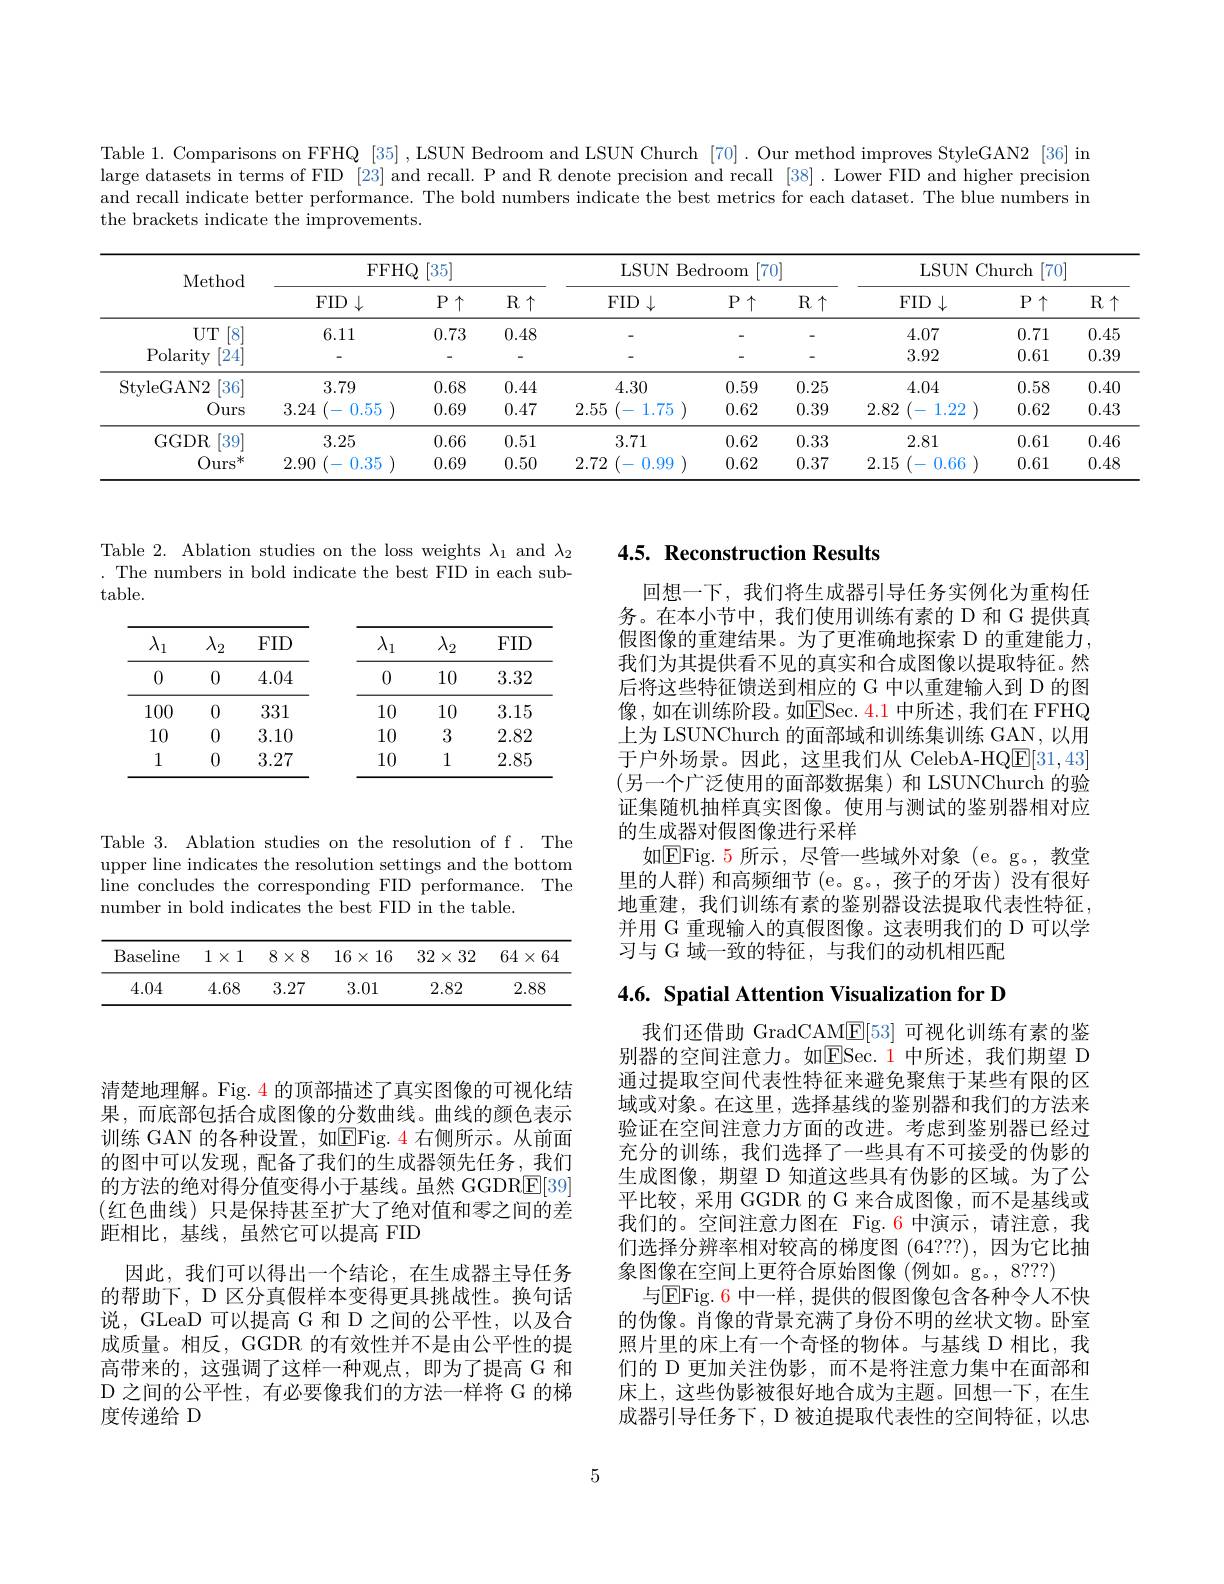
Table 1. Comparisons on FFHQ [35] , LSUN Bedroom and LSUN Church [70]. Our method improves StyleGAN2 [36] in large datasets in terms of FID [23] and recall. P and R denote precision and recall [38] . Lower FID and higher precision and recall indicate better performance. The bold numbers indicate the best metrics for each dataset. The blue numbers in the brackets indicate the improvements.

<table>
	<tbody>
		<tr>
			<th rowspan="2">Method</th>
			<th colspan="3">FFHQ 2[35]</th>
			<th> </th>
			<th colspan="3">LSUN Bedroom [70] $\frac{1}{2}$</th>
			<th> </th>
			<th colspan="3">LSUN Church [70] $\frac{1}{2}=\frac{1}{2}=\frac{1}{2}$</th>
		</tr>
		<tr>
			<th>FID $\downarrow$ 1</th>
			<th>$P\uparrow$</th>
			<th>$R\uparrow$</th>
			<th> </th>
			<th>FID $)\downarrow$ 1 11</th>
			<th>$P\uparrow$</th>
			<th>$R\uparrow$</th>
			<th>个</th>
			<th>$FID\downarrow$</th>
			<th>$P\uparrow$</th>
			<th>$R$</th>
		</tr>
		<tr>
			<td>$UT$ [8]</td>
			<td>6.11</td>
			<td>0.73</td>
			<td>0.48</td>
			<td> </td>
			<td> </td>
			<td> </td>
			<td> </td>
			<td> </td>
			<td>4.07</td>
			<td>0.71</td>
			<td>0.4</td>
		</tr>
		<tr>
			<td>Polarity [24]</td>
			<td> </td>
			<td> </td>
			<td> </td>
			<td> </td>
			<td> </td>
			<td> </td>
			<td> </td>
			<td> </td>
			<td>3.92</td>
			<td>0.61</td>
			<td>0.3</td>
		</tr>
		<tr>
			<td>[36] StvleGAN2</td>
			<td>3.79</td>
			<td>0.68</td>
			<td>0.44</td>
			<td> </td>
			<td>4.30</td>
			<td>0.59</td>
			<td>0.25</td>
			<td>5</td>
			<td>4.04</td>
			<td>0.58</td>
			<td>0.4</td>
		</tr>
		<tr>
			<td>Ours</td>
			<td>3.24 (-0.55</td>
			<td>0.69</td>
			<td>0.47</td>
			<td>2.55</td>
			<td>$\tilde{5}$ (- 1.75</td>
			<td>0.62</td>
			<td>0.39</td>
			<td>9 2.</td>
			<td>82 (-1.22</td>
			<td>0.62</td>
			<td>0.4</td>
		</tr>
		<tr>
			<td>$GGDR$ [39]</td>
			<td>3.25</td>
			<td>0.66</td>
			<td>0.51</td>
			<td> </td>
			<td>3.71</td>
			<td>0.62</td>
			<td>0.33</td>
			<td>3</td>
			<td>2.81</td>
			<td>0.61</td>
			<td>0.4</td>
		</tr>
		<tr>
			<td>$\mathrm{Ours}^{*}$</td>
			<td>2.90 (-0.35 1 1 $\frac{1}{2}=\frac{1}{2}=\frac{1}{2}$</td>
			<td>0.69</td>
			<td>0.50</td>
			<td>2.72</td>
			<td>0.99 21</td>
			<td>0.62</td>
			<td>0.37</td>
			<td>7 2.</td>
			<td>15 '- 0.66</td>
			<td>0.61</td>
			<td>0.4</td>
		</tr>
	</tbody>
</table>

Table 2. Ablation studies on the loss weights $\lambda_1$ and $\lambda_2$ . The numbers in bold indicate the best FID in each subtable.

<table>
	<tbody>
		<tr>
			<th>$\lambda_{1}$</th>
			<th>$\lambda_2$</th>
			<th>FID</th>
			<th>$\lambda_{1}$</th>
			<th>$\lambda_2$</th>
			<th>FID</th>
		</tr>
		<tr>
			<td>0</td>
			<td>0</td>
			<td>4.04</td>
			<td>0</td>
			<td>10</td>
			<td>3.32</td>
		</tr>
		<tr>
			<td>100</td>
			<td>0</td>
			<td>331</td>
			<td>10</td>
			<td>10</td>
			<td>3.15</td>
		</tr>
		<tr>
			<td>10</td>
			<td>0</td>
			<td>3.10</td>
			<td>10</td>
			<td>3</td>
			<td>2.82</td>
		</tr>
		<tr>
			<td>1</td>
			<td>0</td>
			<td>3.27</td>
			<td>10</td>
			<td>1</td>
			<td>2.85</td>
		</tr>
	</tbody>
</table>

清楚地理解。Fig. 4 的顶部描述了真实图像的可视化结果，而底部包括合成图像的分数曲线。曲线的颜色表示训练 GAN 的各种设置，如EFig. 4 右侧所示。从前面的图中可以发现，配备了我们的生成器领先任务，我们的方法的绝对得分值变得小于基线。虽然 GGDRE[39] $$($红色曲线)只是保持甚至扩大了绝对值和零之间的差$ 距相比，基线，虽然它可以提高 FID
因此，我们可以得出一个结论，在生成器主导任务的帮助下，D 区分真假样本变得更具挑战性。换句话说，GLeaD 可以提高 G 和 D 之间的公平性，以及合成质量。相反，GGDR 的有效性并不是由公平性的提高带来的，这强调了这样一种观点，即为了提高 G 和D 之间的公平性，有必要像我们的方法一样将 G 的梯度传递给 D

Table 3. Ablation studies on the resolution of f . The upper line indicates the resolution settings and the bottom line concludes the corresponding FID performance. The number in bold indicates the best FID in the table.

<table>
	<tbody>
		<tr>
			<th>Baseline</th>
			<th>1 1 $X$</th>
			<th>$8\times8$</th>
			<th>$16\times16$</th>
			<th>$32\times32$</th>
			<th>$64\times64$</th>
		</tr>
		<tr>
			<td>4.04</td>
			<td>4.68</td>
			<td>3.27</td>
			<td>3.01</td>
			<td>2.82</td>
			<td>2.88</td>
		</tr>
	</tbody>
</table>

# 4.5. Reconstruction Results

回想一下，我们将生成器引导任务实例化为重构任务。在本小节中，我们使用训练有素的 D 和 G 提供真假图像的重建结果。为了更准确地探索 D 的重建能力， 我们为其提供看不见的真实和合成图像以提取特征。然后将这些特征馈送到相应的 G 中以重建输人到 D 的图像，如在训练阶段。如ESec. 4.1 中所述，我们在 FFHQ 上为 LSUNChurch 的面部域和训练集训练 GAN, 以用于户外场景。因此，这里我们从 CelebA-HQ$\underline{\mathrm{E}}[31,43]$ (另一个广泛使用的面部数据集)和 LSUNChurch 的验证集随机抽样真实图像。使用与测试的鉴别器相对应的生成器对假图像进行采样
如EFig.5 所示，尽管一些域外对象(e。g。,教堂里的人群)和高频细节(e。g。,孩子的牙齿)没有很好地重建，我们训练有素的鉴别器设法提取代表性特征， 并用 G 重现输入的真假图像。这表明我们的 D 可以学习与 G 域一致的特征，与我们的动机相匹配

# 4.6. Spatial Attention Visualization for D

我们还借助 GradCAM$\mathbb{E}[53]$可视化训练有素的鉴别器的空间注意力。如ESec. 1 中所述，我们期望 D 通过提取空间代表性特征来避免聚焦于某些有限的区域或对象。在这里，选择基线的鉴别器和我们的方法来验证在空间注意力方面的改进。考虑到鉴别器已经过充分的训练，我们选择了一些具有不可接受的伪影的生成图像，期望 D 知道这些具有伪影的区域。为了公平比较，采用 GGDR 的 G 来合成图像，而不是基线或我们的。空间注意力图在 Fig.6 中演示，请注意，我们选择分辨率相对较高的梯度图 (64???),因为它比抽象图像在空间上更符合原始图像(例如。g。,8???)
与EFig. 6 中一样，提供的假图像包含各种令人不快的伪像。肖像的背景充满了身份不明的丝状文物。卧室照片里的床上有一个奇怪的物体。与基线 D 相比，我们的 D 更加关注伪影，而不是将注意力集中在面部和床上，这些伪影被很好地合成为主题。回想一下，在生成器引导任务下，D 被迫提取代表性的空间特征，以忠

5